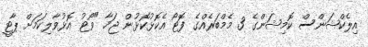
އިލެކްޝަންސް ކޮމިޝަންގެ 3 މެމްބަރެއްގެ ފޮޓޯ އެކޮޅުކޮޅުން ޖަހާ "ވޯޓު އޮޅުވާލިކަމަށް ޕާޓީ